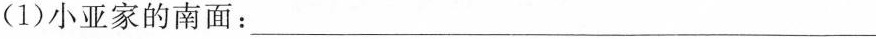
(1)小亚家的南面：___